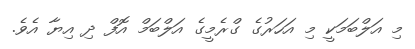
މި އަލްބަމަކީ މި އަހަރުގެ ގްރެމީގެ އަލްބަމް އޮފް ދި އިޔާ އެވެ.